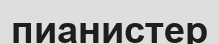
пианистер